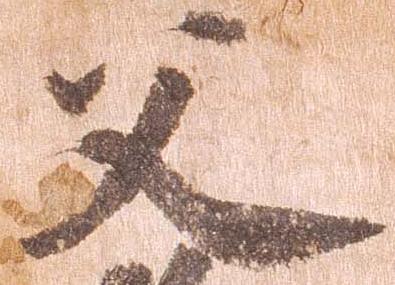
父